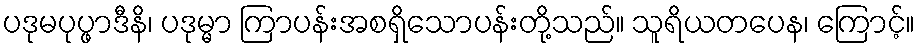
ပဒုမပုပ္ဖာဒီနိ၊ ပဒုမ္မာ ကြာပန်းအစရှိသောပန်းတို့သည်။ သူရိယတပေန၊ ကြောင့်။